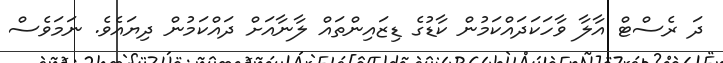
ދަ ރެސްޓް އާލާ ވާހަކަދައްކަމުން ކާޑުގެ ޑިޒައިންތައް ލާނާއަށް ދައްކަމުން ދިޔައެވެ. ނަމަވެސް